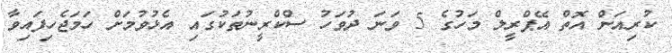
ކުރިއަށް އޮތް އޭޕްރީލް މަހުގެ 5 ވަނަ ދުވަހު ސްކްރީނުތަކުގައި އެޅުވުމަށް ހަމަޖެހިފައިވާ